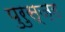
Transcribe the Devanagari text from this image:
पुरुस्ज्ह